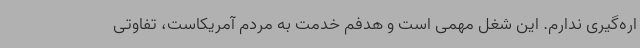
اره‌گیری ندارم. این شغل مهمی است و هدفم خدمت به مردم آمریکاست، تفاوتی